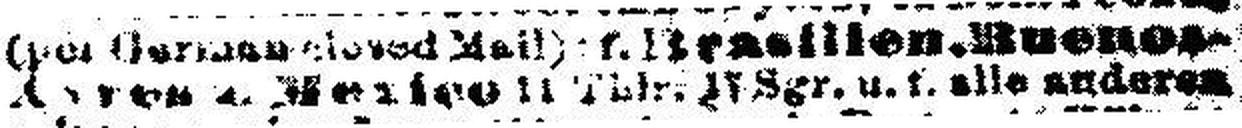
Ayres u. Mexico 11 Thlr. 17 Sgr. u. f. alle anderen